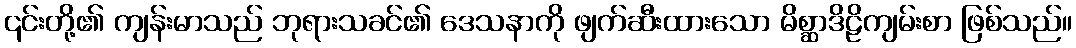
၎င်းတို့၏ ကျန်းမာသည် ဘုရားသခင်၏ ဒေသနာကို ဖျက်ဆီးထားသော မိစ္ဆာဒိဠိကျမ်းစာ ဖြစ်သည်။